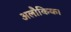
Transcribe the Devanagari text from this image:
अलौकिक।